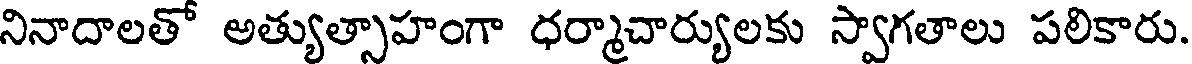
నినాదాలతో అత్యుత్సాహంగా ధర్మాచార్యులకు స్వాగతాలు పలికారు.